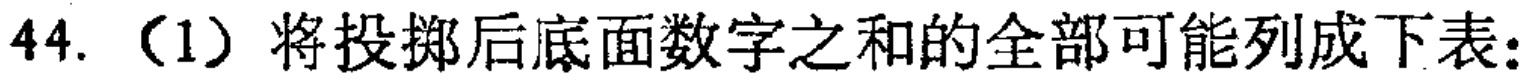
44.（1）将投掷后底面数字之和的全部可能列成下表：